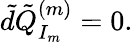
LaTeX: \tilde{d}\tilde{Q}_{I_{m}}^{(m)}=0.